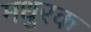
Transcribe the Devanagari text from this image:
मधुरक